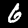
Label: 6